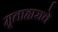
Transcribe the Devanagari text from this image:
मृताहाराचे